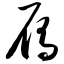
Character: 雁